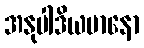
အနုပါဒိယမာနော